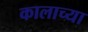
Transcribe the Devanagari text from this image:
कालाच्या